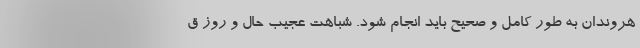
هروندان به طور کامل و صحیح باید انجام شود. شباهت عجیب حال و روز ق